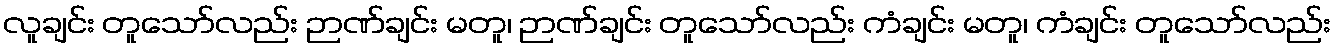
လူချင်း တူသော်လည်း ဉာဏ်ချင်း မတူ၊ ဉာဏ်ချင်း တူသော်လည်း ကံချင်း မတူ၊ ကံချင်း တူသော်လည်း